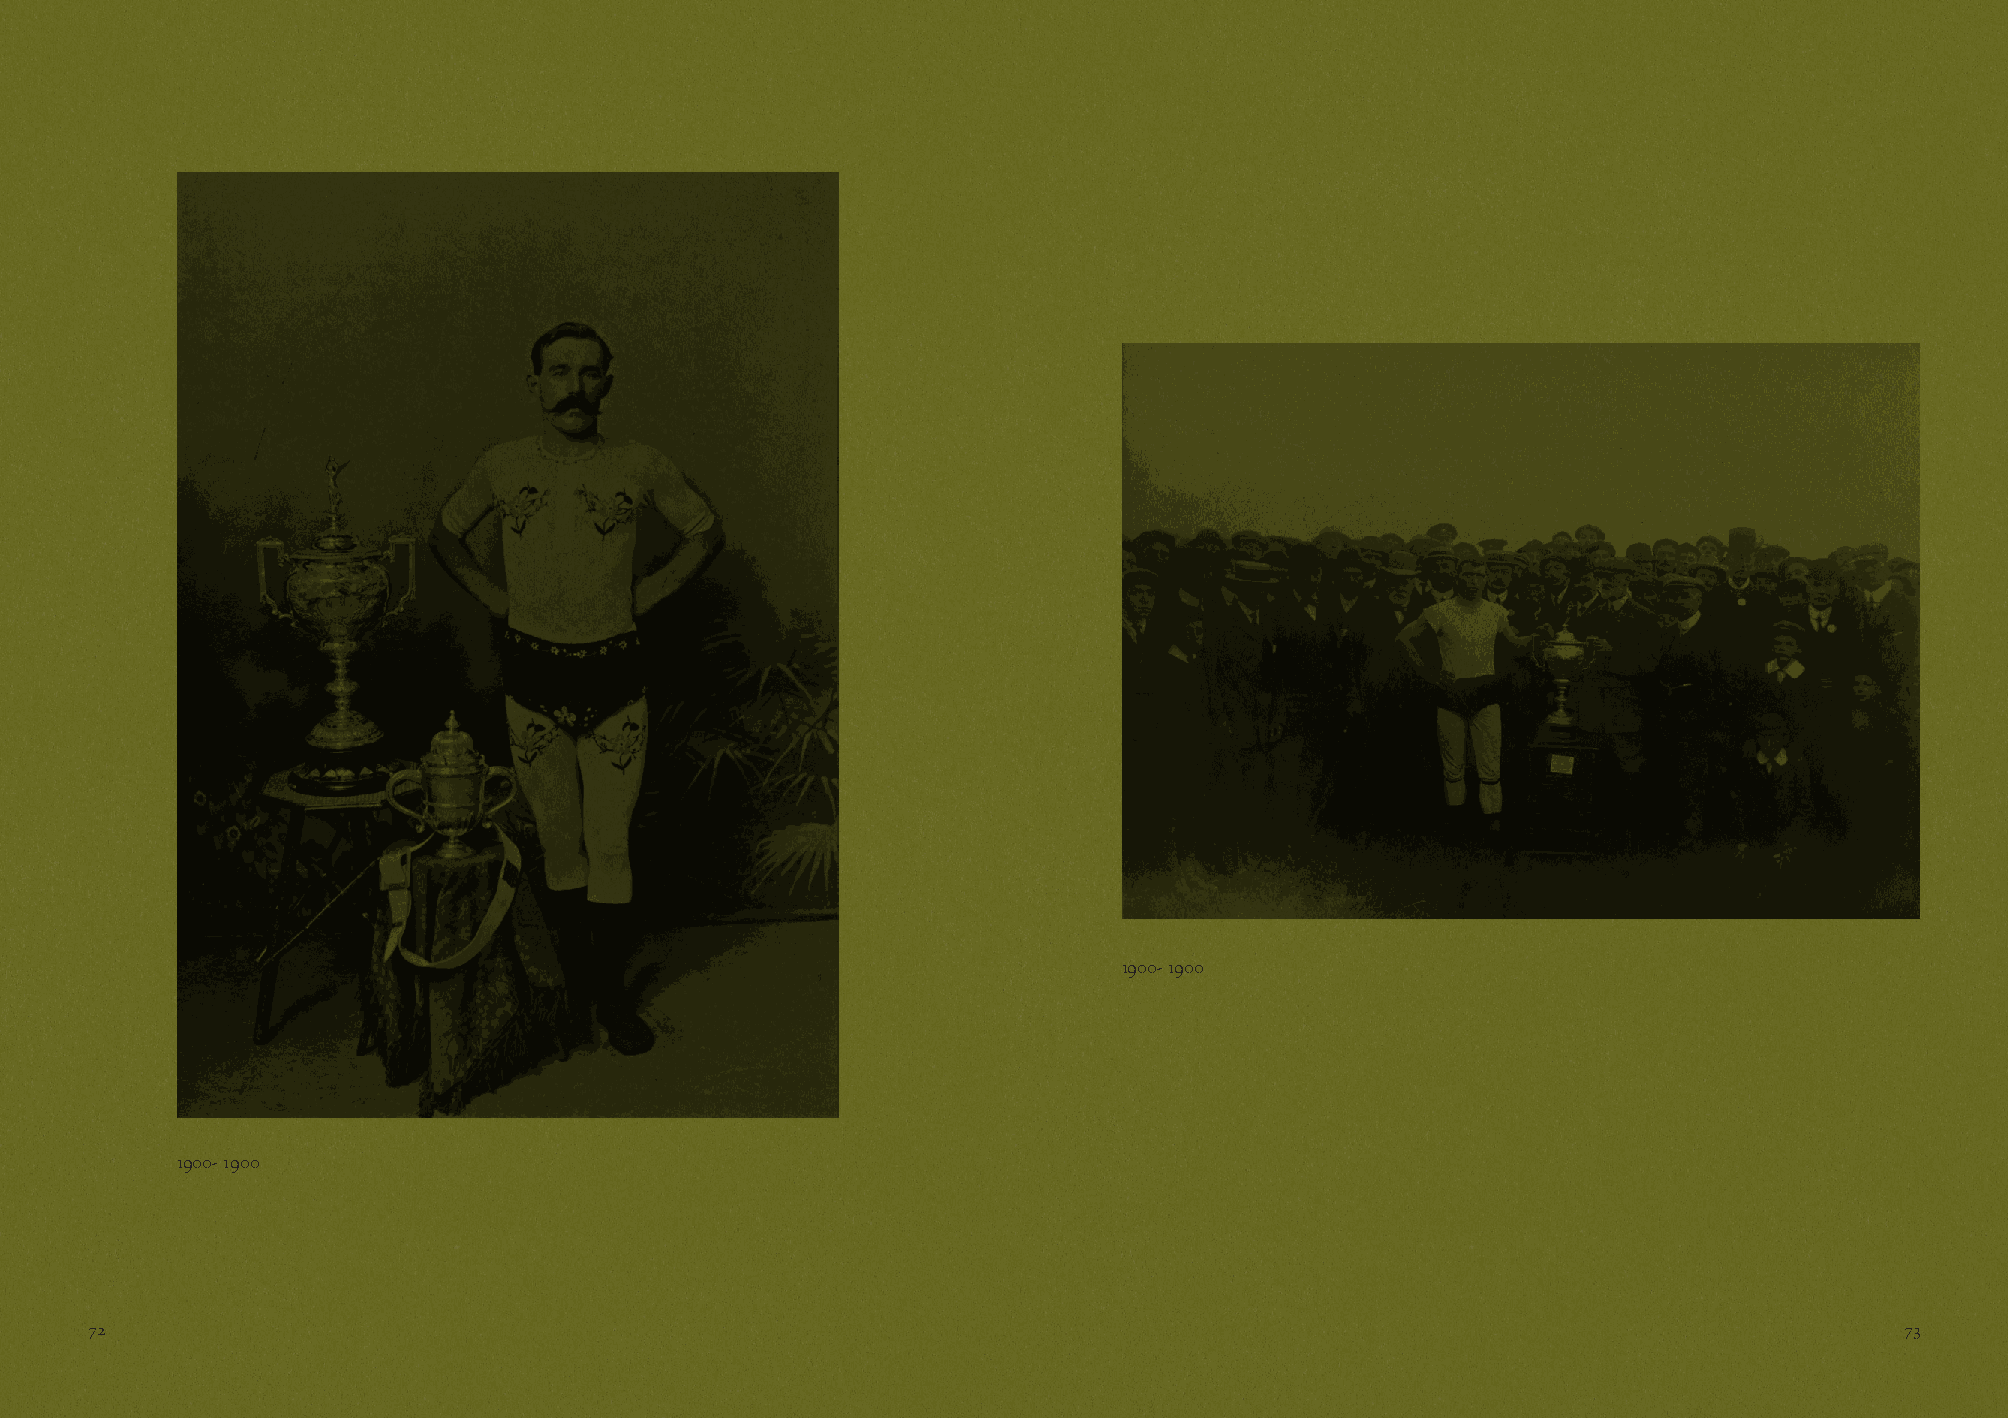
1900- 1900
 1900- 1900
 72                                                                                                                      73